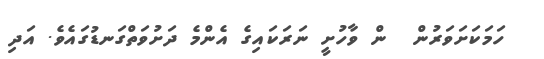
ހަމަކަށަވަރުން  ން ވާހުށީ ނަރަކައިގެ އެންމެ ދަށުވަތްގަނޑުގައެވެ. އަދި